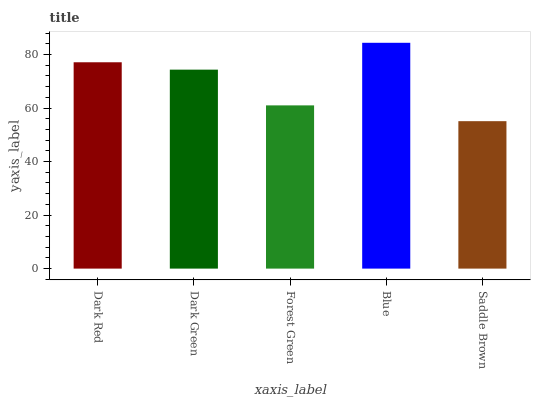
| xaxis_label | bars |
 | --- | --- |
 | Dark Red | 77.1 |
 | Dark Green | 74.4 |
 | Forest Green | 61 |
 | Blue | 84.4 |
 | Saddle Brown | 55.1 |